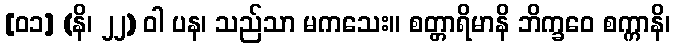
[၀၁] (နိ၊ ၂၂) ဝါ ပန၊ သည်သာ မကသေး။ စတ္တာရိမာနိ ဘိက္ခဝေ စက္ကာနိ၊